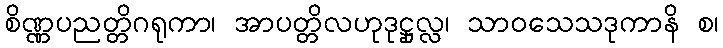
စိဏ္ဏပညတ္တိဂရုကာ၊ အာပတ္တိလဟုဒုဋ္ဌုလ္လ၊ သာဝသေသဒုကာနိ စ၊